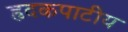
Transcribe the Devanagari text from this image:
हृदकपाटीय